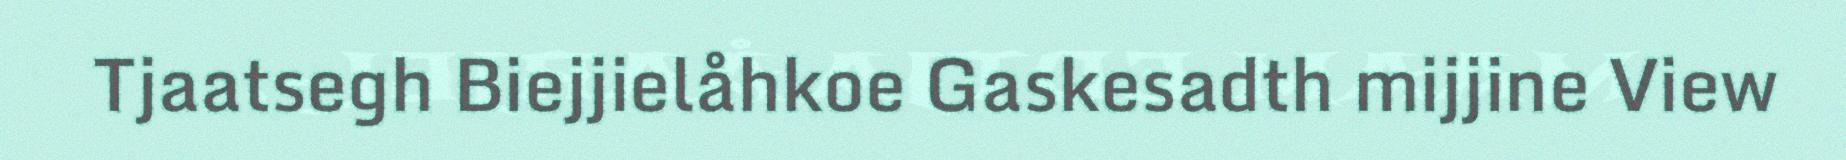
Tjaatsegh Biejjielåhkoe Gaskesadth mijjine View